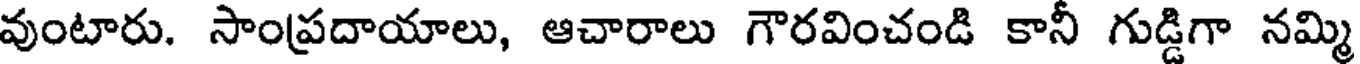
వుంటారు. సాంప్రదాయాలు, ఆచారాలు గౌరవించండి కానీ గుడ్డిగా నమ్మి